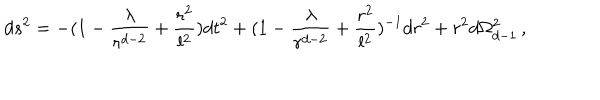
d s ^ { 2 } = - ( 1 - { \frac { \lambda } { r ^ { d - 2 } } } + { \frac { r ^ { 2 } } { l ^ { 2 } } } ) d t ^ { 2 } + ( 1 - { \frac { \lambda } { r ^ { d - 2 } } } + { \frac { r ^ { 2 } } { l ^ { 2 } } } ) ^ { - 1 } d r ^ { 2 } + r ^ { 2 } d \Omega _ { d - 1 } ^ { 2 } \, ,